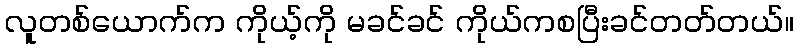
လူတစ်ယောက်က ကိုယ့်ကို မခင်ခင် ကိုယ်ကစပြီးခင်တတ်တယ်။